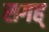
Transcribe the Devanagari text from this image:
सगह्